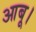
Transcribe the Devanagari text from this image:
आबू।